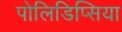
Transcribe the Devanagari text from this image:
पोलिडिप्सिया